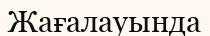
Жағалауында